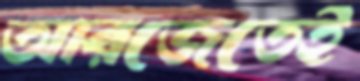
আরজেতেই